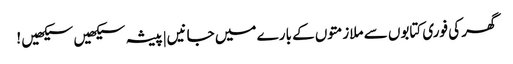
گھر کی فوری کتابوں سے ملازمتوں کے بارے میں جانیں|پیشہ سیکھیں سیکھیں !